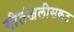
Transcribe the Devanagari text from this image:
गीतंजलीसकट